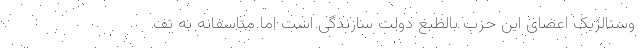
وستالژیک اعضای این حزب بالطبع دولت سازندگی است اما متاسفانه به تف